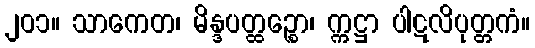
၂၀၁။ သာကေတ၊ မိန္ဒပတ္ထဉ္စော၊ က္ကဋ္ဌာ ပါဋလိပုတ္တကံ။